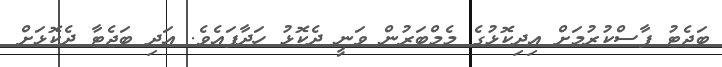
ބަޖެޓު ފާސްކުރުމަށް އިދިކޮޅުގެ މެމްބަރުން ވަނީ ދެކޮޅު ހަދާފައެވެ. އަދި ބަޖެޓާ ދެކޮޅަށް